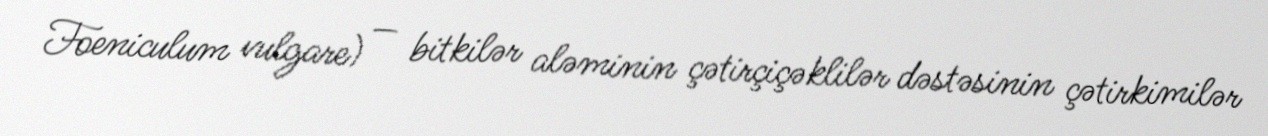
Foeniculum vulgare) — bitkilər aləminin çətirçiçəklilər dəstəsinin çətirkimilər